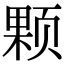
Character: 颗